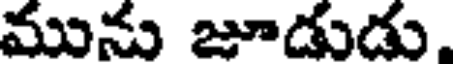
మును జూడుడు,